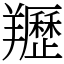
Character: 䍽